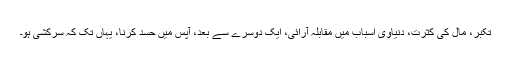
تکبر، مال کی کثرت، دنیاوی اسباب میں مقابلہ آرائی، ایک دوسرے سے بعد، آپس میں حسد کرنا، یہاں تک کہ سرکشی ہو۔